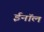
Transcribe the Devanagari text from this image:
ईनॉल